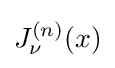
J_{\nu }^{(n)}(x)